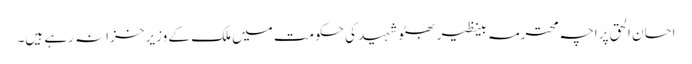
احسان الحق پراچہ محترمہ بینظیر بھٹو شہید کی حکومت میں ملک کے وزیر خزانہ رہے ہیں۔